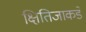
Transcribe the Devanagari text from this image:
क्षितिजाकडे